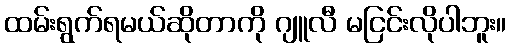
ထမ်းရွက်ရမယ်ဆိုတာကို ဂျူလီ မငြင်းလိုပါဘူး။